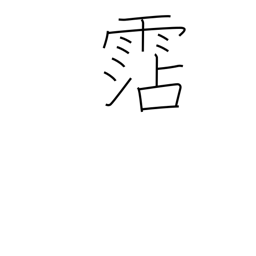
Meaning: water